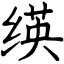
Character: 绬